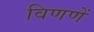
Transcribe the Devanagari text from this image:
विणणें